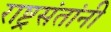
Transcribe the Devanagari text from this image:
राष्ट्रसंतांनी